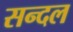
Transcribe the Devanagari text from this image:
सन्दल